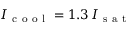
I _ { \mathrm { ~ c ~ o ~ o ~ l ~ } } = 1 . 3 \, I _ { \mathrm { ~ s ~ a ~ t ~ } }